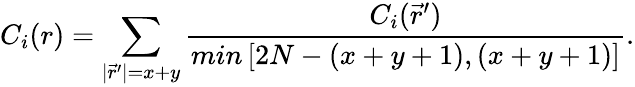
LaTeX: C_{i}(r)=\sum_{|\vec{r}^{\prime}|=x+y}\frac{C_{i}(\vec{r}^{\prime})}{min\left[2N-(x+y+1),(x+y+1)\right]}.